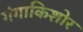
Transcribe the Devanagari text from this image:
गंगाकिशोर